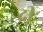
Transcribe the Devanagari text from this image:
दीः